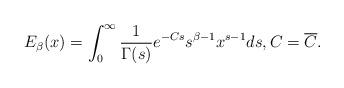
LaTeX: \begin{align*}E_{\beta}(x)=\int_{0}^{\infty}\frac{1}{\Gamma(s)}e^{-Cs}s^{\beta-1}x^{s-1}ds,C=\overline{C}.\end{align*}